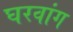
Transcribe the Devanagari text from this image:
घरवांग